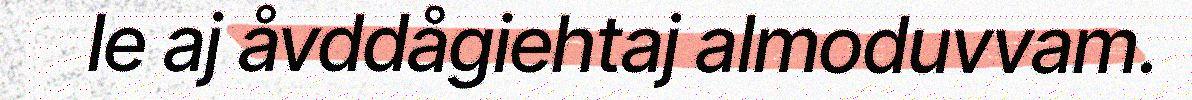
le aj åvddågiehtaj almoduvvam.